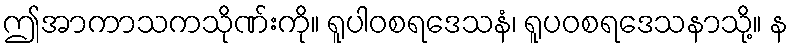
ဤအာကာသကသိုဏ်းကို။ ရူပါဝစရဒေသနံ၊ ရူပဝစရဒေသနာသို့။ န